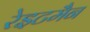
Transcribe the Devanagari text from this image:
रेइटमैन